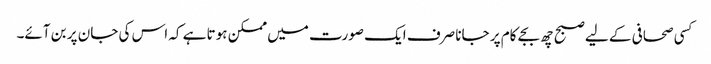
کسی صحافی کے لیے صبح چھ بجے کام پر جانا صرف ایک صورت میں ممکن ہوتا ہے کہ اس کی جان پر بن آئے۔